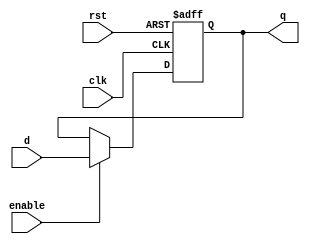
`timescale 1ns / 1ps
//////////////////////////////////////////////////////////////////////////////////
// Company: ITESO 
//////////////////////////////////////////////////////////////////////////////////
module FF_D_enable(
    input clk,
    input rst,
    input enable,
    input d,
    output reg q
    );
always @(posedge rst, posedge clk) // asychronous reset
    begin
        if(rst)
            q <= 1'b0;
        else
            if(enable)
                q <= d;
            else
                q <= q;
end
endmodule